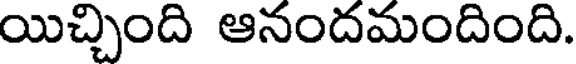
యిచ్చింది ఆనందమందింది.